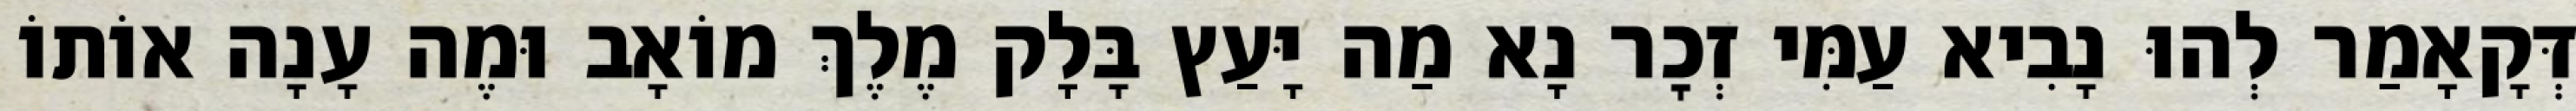
דְּקָאָמַר לְהוּ נָבִיא עַמִּי זְכׇר נָא מַה יָּעַץ בָּלָק מֶלֶךְ מוֹאָב וּמֶה עָנָה אוֹתוֹ